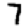
Digit: 7